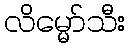
လိမ္မော်သီး